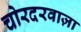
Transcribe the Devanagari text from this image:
चोरदरवाज़ा